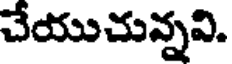
చేయుచున్నవి.